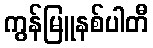
ကွန်မြူနစ်ပါတီ